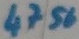
Text: 4756